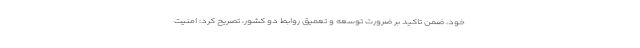
خود، ضمن تاکید بر ضرورت توسعه و تعمیق روابط دو کشور، تصریح کرد: امنیت